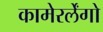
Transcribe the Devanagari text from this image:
कामेरर्लेंगो